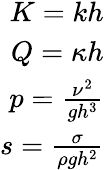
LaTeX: \begin{array}{r}{K=kh}\\ {Q=\kappa h}\\ {p=\frac{\nu^{2}}{gh^{3}}}\\ {s=\frac{\sigma}{\rho gh^{2}}}\end{array}